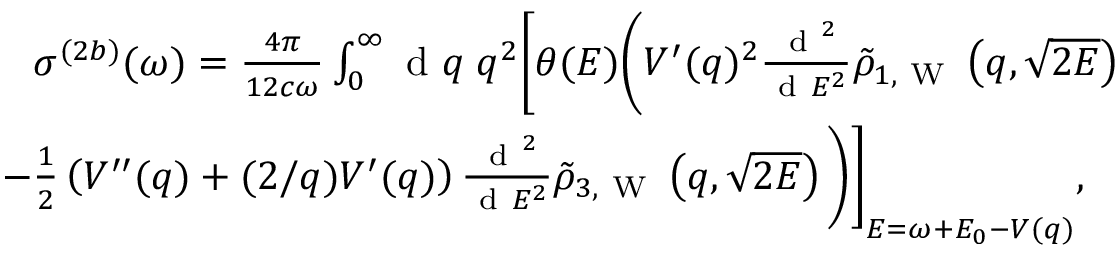
\begin{array} { r } { \sigma ^ { ( 2 b ) } ( \omega ) = \frac { 4 \pi } { 1 2 c \omega } \int _ { 0 } ^ { \infty } \ensuremath { \mathrm { ~ d ~ } } q \; q ^ { 2 } \Biggl [ \theta ( E ) \Biggl ( V ^ { \prime } ( q ) ^ { 2 } \frac { \ensuremath { \mathrm { ~ d ~ } } ^ { 2 } } { \ensuremath { \mathrm { ~ d ~ } } E ^ { 2 } } \tilde { \rho } _ { 1 , \mathrm { ~ W ~ } } \left( q , \sqrt { 2 E } \right) } \\ { - \frac { 1 } { 2 } \left( V ^ { \prime \prime } ( q ) + ( 2 / q ) V ^ { \prime } ( q ) \right) \frac { \ensuremath { \mathrm { ~ d ~ } } ^ { 2 } } { \ensuremath { \mathrm { ~ d ~ } } E ^ { 2 } } \tilde { \rho } _ { 3 , \mathrm { ~ W ~ } } \left( q , \sqrt { 2 E } \right) \Biggl ) \Biggl ] _ { E = \omega + E _ { 0 } - V ( q ) } , \; \; \; } \end{array}